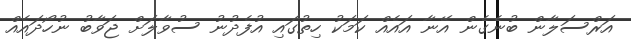
އަރްސަލާން ބުނެގެން އޭނާ އައެއް ކަމަކު ހިތުގައި އުފެދުނު ސުވާލަށް ޖަވާބު ނުހޯދައެއް